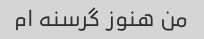
من هنوز گرسنه ام